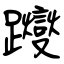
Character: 躞